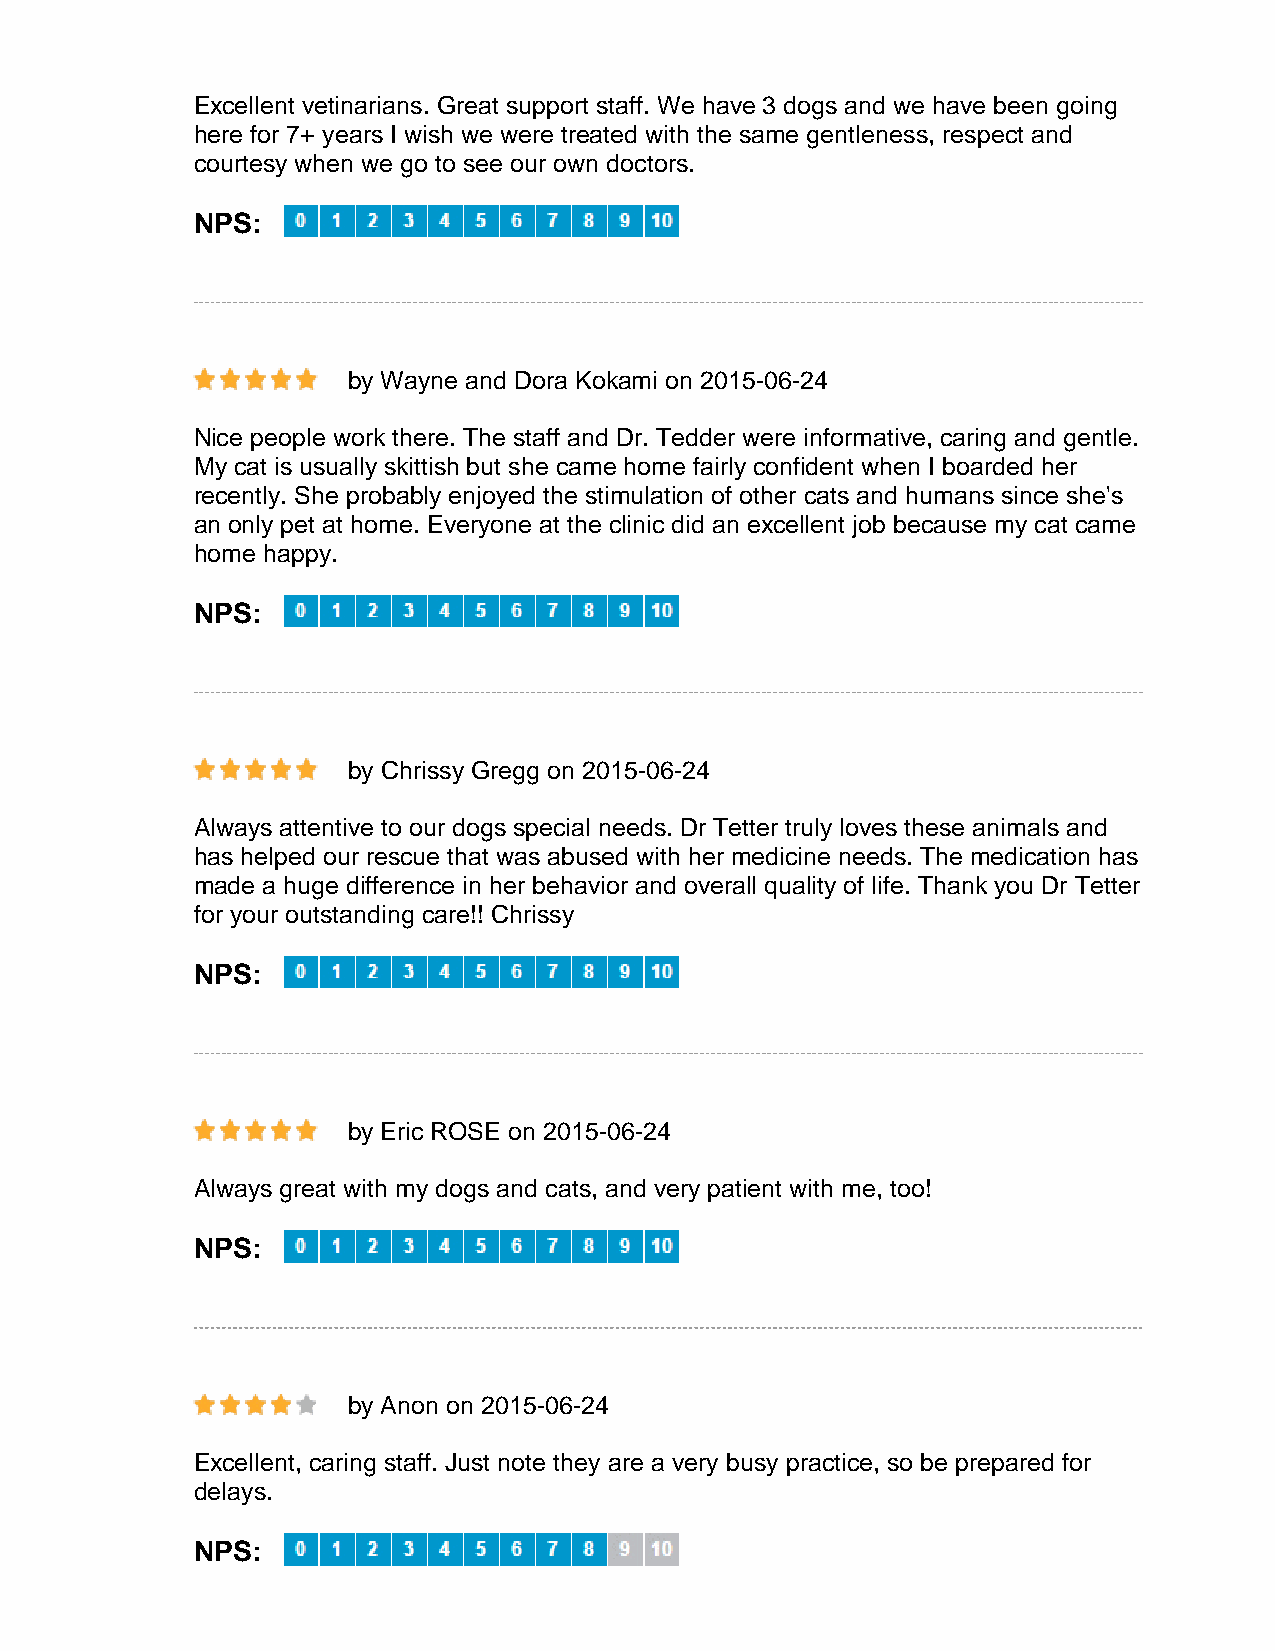
Excellent vetinarians. Great support staff. We have 3 dogs and we have been going
 here for 7+ years I wish we were treated with the same gentleness, respect and
 courtesy when we go to see our own doctors.
 NPS:
 by Wayne and Dora Kokami on 2015-06-24
 Nice people work there. The staff and Dr. Tedder were informative, caring and gentle.
 My cat is usually skittish but she came home fairly confident when I boarded her
 recently. She probably enjoyed the stimulation of other cats and humans since she's
 an only pet at home. Everyone at the clinic did an excellent job because my cat came
 home happy.
 NPS:
 by Chrissy Gregg on 2015-06-24
 Always attentive to our dogs special needs. Dr Tetter truly loves these animals and
 has helped our rescue that was abused with her medicine needs. The medication has
 made a huge difference in her behavior and overall quality of life. Thank you Dr Tetter
 for your outstanding care!! Chrissy
 NPS:
 by Eric ROSE on 2015-06-24
 Always great with my dogs and cats, and very patient with me, too!
 NPS:
 by Anon on 2015-06-24
 Excellent, caring staff. Just note they are a very busy practice, so be prepared for
 delays.
 NPS: